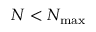
N < N _ { \operatorname* { m a x } }